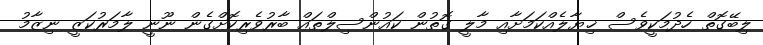
ލިބޭގޮތް ހެދުމަކީވެސް ޚިޔާލެއްކަމަށާއި މާލީ ގޮތުން ކައުންސިލްތައް ބާރުވެރިކޮށްގެން ނޫނީ ލާމަރުކަޒީ ނިޒާމު